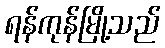
ရန်ကုန်မြို့သည်